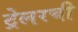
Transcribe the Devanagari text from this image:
ट्रेलरची